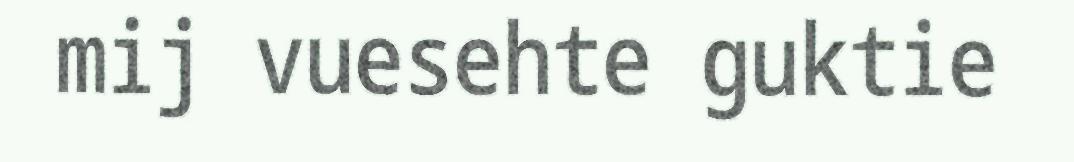
mij vuesehte guktie